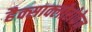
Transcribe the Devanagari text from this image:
हैक्साक्लोरोफेन